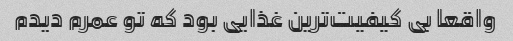
واقعا بی کیفیت‌ترین غذایی بود که تو عمرم دیدم